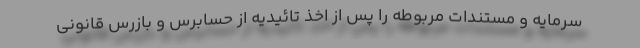
سرمایه و مستندات مربوطه را پس از اخذ تائیدیه از حسابرس و بازرس قانونی